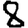
Digit: 8